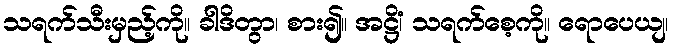
သရက်သီးမှည့်ကို။ ခါဒိတွာ၊ စား၍။ အဋ္ဌိံ၊ သရက်စေ့ကို။ ရောပေယျ၊